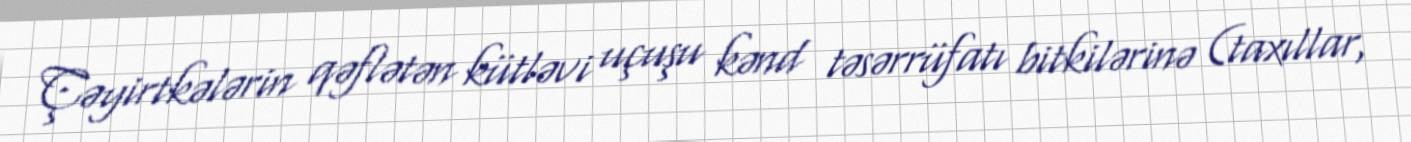
Çəyirtkələrin qəflətən kütləvi uçuşu kənd təsərrüfatı bitkilərinə (taxıllar,